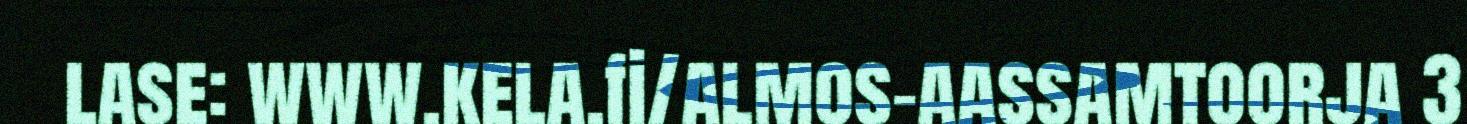
lase: www.kela.fi/almos-aassamtoorja 3